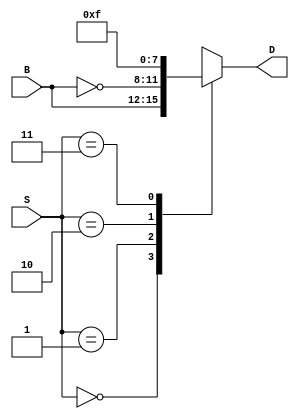
module mux4to1(B,S,D);
	input [3:0] B;
	input [1:0] S;
	output reg [3:0] D;
	
	always @ (*)
		case(S)
			0: D = B;
			1: D = ~B;
			2: D = 4'b0000;
			3: D = 4'b1111;
			endcase
	endmodule